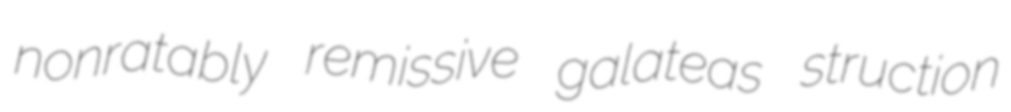
nonratably remissive galateas struction